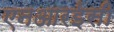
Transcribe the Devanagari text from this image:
एनआरईसी